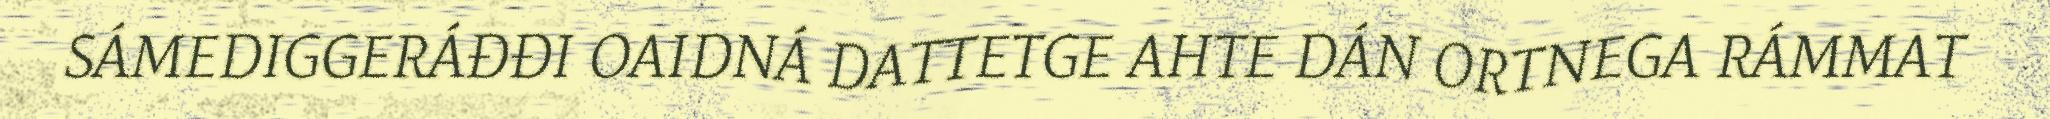
SÁMEDIGGERÁĐĐI OAIDNÁ DATTETGE AHTE DÁN ORTNEGA RÁMMAT